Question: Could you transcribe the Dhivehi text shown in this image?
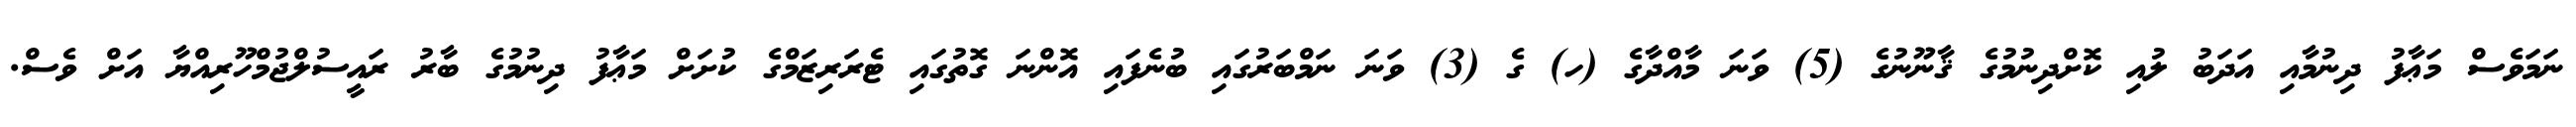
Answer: ނަމަވެސް މަޢާފު ދިނުމާއި އަދަބު ލުއި ކޮށްދިނުމުގެ ޤާނޫނުގެ (5) ވަނަ މާއްދާގެ (ހ) ގެ (3) ވަނަ ނަމްބަރުގައި ބުނެފައި އޮންނަ ގޮތުގައި ޓެރަރިޒަމްގެ ކުށަށް މަޢާފު ދިނުމުގެ ބާރު ރައީސުލްޖުމްހޫރިއްޔާ އަށް ވެސް.